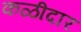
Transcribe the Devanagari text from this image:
कळीदार